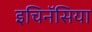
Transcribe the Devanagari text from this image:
इचिनॅसिया